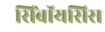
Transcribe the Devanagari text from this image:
सिंबॉयसिस